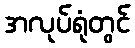
အလုပ်ရုံတွင်